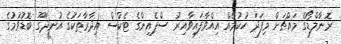
ރޮނާލްޑޯގެ މައްޗަށް މިފަދަ ހުކުމެއް އިއްވާފައިވާއިރު ސްޕެއިންގެ ޓެކްސް އިދާރާތަކުގެ އުނދަގޫ ބޮޑުވުމުގެ